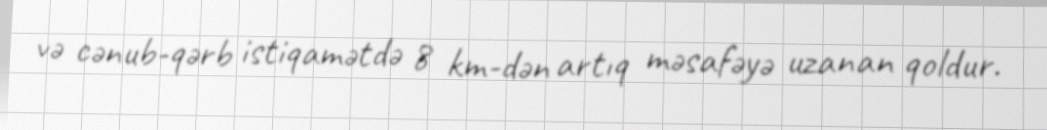
və cənub-qərb istiqamətdə 8 km-dən artıq məsafəyə uzanan qoldur.